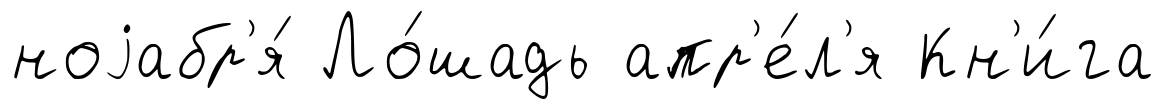
ноjабр'я́ Ло́шадь апр'е́л'я Кн'и́га